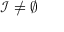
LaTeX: { \mathcal { I } } \neq \emptyset